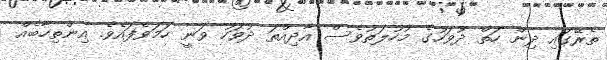
ތެރޭގައި ދިން ހަތް ދުވަހުގެ މުހުލަތުވެސް އާދިއްތަ ދުވަހު ވަނީ ހަމަވެފައެވެ. އިންތިހާބެއް